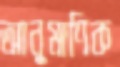
আনুমাণিক